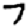
Digit: 7